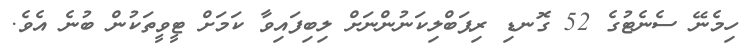
ހިމެނޭ ސެނެޓުގެ 52 ގޮނޑި ރިޕަބްލިކަނުންނަށް ލިބިފައިވާ ކަމަށް ޓީވީތަކުން ބުނެ އެވެ.